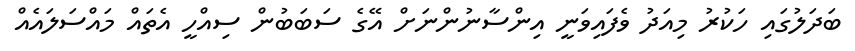
ބަދަލުގައި ހަކުރު މިއަދު ވެފައިވަނީ އިންސާނުންނަށް އޭގެ ސަބަބުން ސިއްހީ އެތައް މައްސަލައެއް